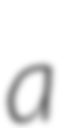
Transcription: a